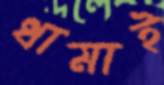
ধামাই